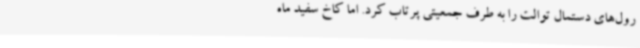
رول‌های دستمال توالت را به طرف جمعیتی پرتاب کرد. اما کاخ سفید ماه